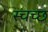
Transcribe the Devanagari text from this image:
स्चच्छ